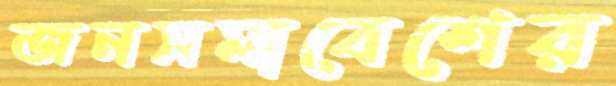
জনসমাবেশের